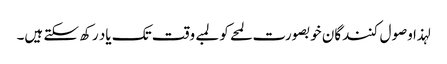
لہذا وصول کنندگان خوبصورت لمحے کو لمبے وقت تک یاد رکھ سکتے ہیں۔